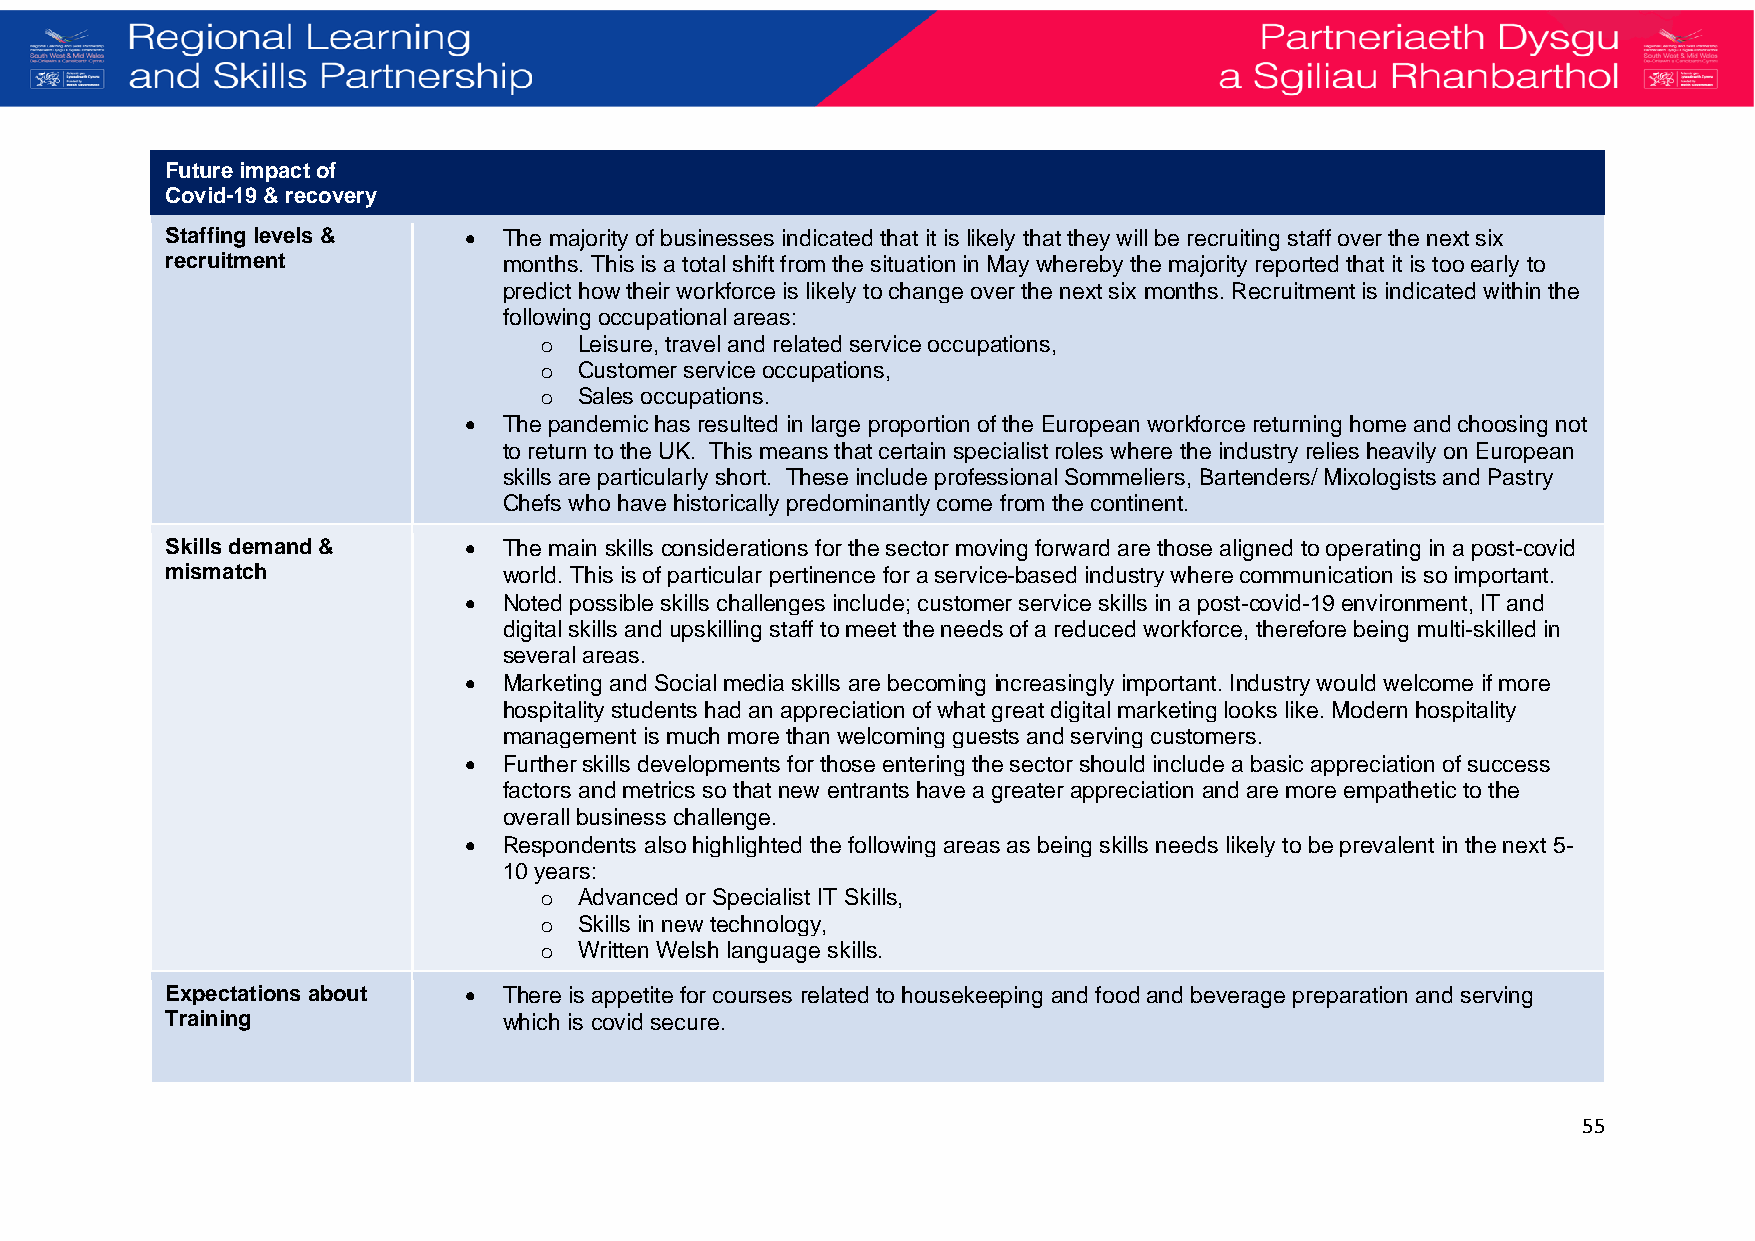
Future impact of
 Covid-19 & recovery
 Staffing levels &   • The majority of businesses indicated that it is likely that they will be recruiting staff over the next six
 recruitment           months. This is a total shift from the situation in May whereby the majority reported that it is too early to
 predict how their workforce is likely to change over the next six months. Recruitment is indicated within the
 following occupational areas:
 o Leisure, travel and related service occupations,
 o Customer service occupations,
 o Sales occupations.
 • The pandemic has resulted in large proportion of the European workforce returning home and choosing not
 to return to the UK. This means that certain specialist roles where the industry relies heavily on European
 skills are particularly short. These include professional Sommeliers, Bartenders/ Mixologists and Pastry
 Chefs who have historically predominantly come from the continent.
 Skills demand &     • The main skills considerations for the sector moving forward are those aligned to operating in a post-covid
 mismatch              world. This is of particular pertinence for a service-based industry where communication is so important.
 • Noted possible skills challenges include; customer service skills in a post-covid-19 environment, IT and
 digital skills and upskilling staff to meet the needs of a reduced workforce, therefore being multi-skilled in
 several areas.
 • Marketing and Social media skills are becoming increasingly important. Industry would welcome if more
 hospitality students had an appreciation of what great digital marketing looks like. Modern hospitality
 management is much more than welcoming guests and serving customers.
 • Further skills developments for those entering the sector should include a basic appreciation of success
 factors and metrics so that new entrants have a greater appreciation and are more empathetic to the
 overall business challenge.
 • Respondents also highlighted the following areas as being skills needs likely to be prevalent in the next 5-
 10 years:
 o Advanced or Specialist IT Skills,
 o Skills in new technology,
 o Written Welsh language skills.
 Expectations about  • There is appetite for courses related to housekeeping and food and beverage preparation and serving
 Training              which is covid secure.
 55